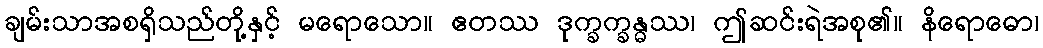
ချမ်းသာအစရှိသည်တို့နှင့် မရောသော။ ဧတဿ ဒုက္ခက္ခန္ဓဿ၊ ဤဆင်းရဲအစု၏။ နိရောဓော၊